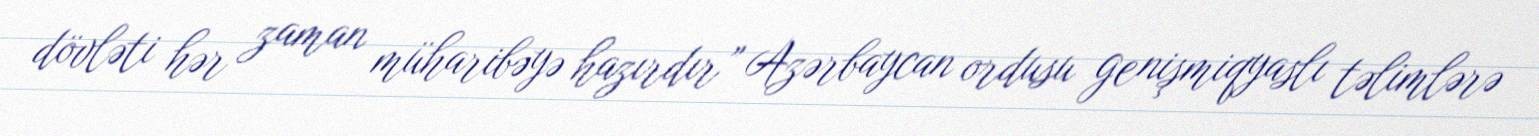
dövləti hər zaman müharibəyə hazırdır” Azərbaycan ordusu genişmiqyaslı təlimlərə